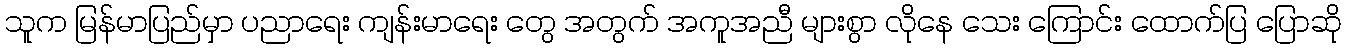
သူက မြန်မာပြည်မှာ ပညာရေး ကျန်းမာရေး တွေ အတွက် အကူအညီ များစွာ လိုနေ သေး ကြောင်း ထောက်ပြ ပြောဆို